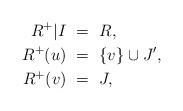
LaTeX: \begin{align*} R^+|I \ &= \ R, \\ R^+(u) \ &= \ \{ v \} \cup J', \\ R^+(v) \ &= \ J, \end{align*}